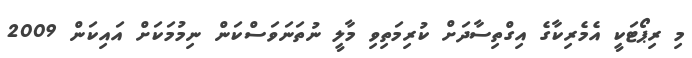
މި ރިޕޯޓަކީ އެމެރިކާގެ އިގްތިސާދަށް ކުރިމަތިވި މާލީ ނުތަނަވަސްކަން ނިމުމަކަށް އައިކަން 2009